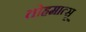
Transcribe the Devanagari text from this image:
तोहमात्सू